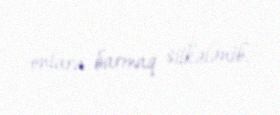
onlara barmaq silkələnib.